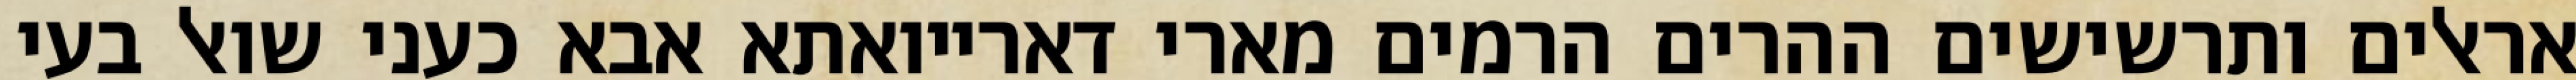
אראלים ותרשישים ההרים הרמים מארי דארייואתא אבא כעני שואל בעי